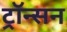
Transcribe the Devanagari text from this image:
ट्रॉन्सन